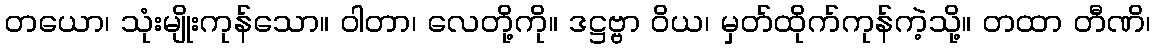
တယော၊ သုံးမျိုးကုန်သော။ ဝါတာ၊ လေတို့ကို။ ဒဋ္ဌဗ္ဗာ ဝိယ၊ မှတ်ထိုက်ကုန်ကဲ့သို့။ တထာ တီဏိ၊